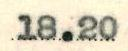
18.20